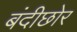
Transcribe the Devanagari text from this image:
बंदीछोर